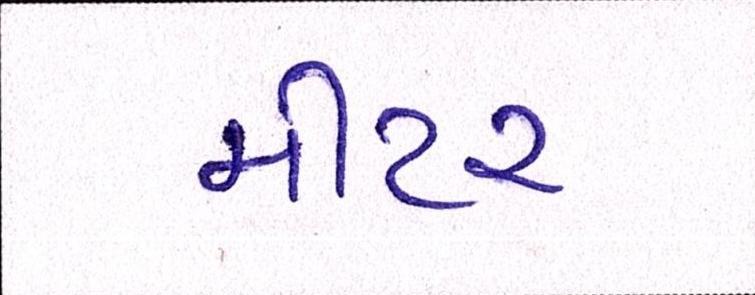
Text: મીટર